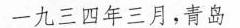
一九三四年三月，青岛